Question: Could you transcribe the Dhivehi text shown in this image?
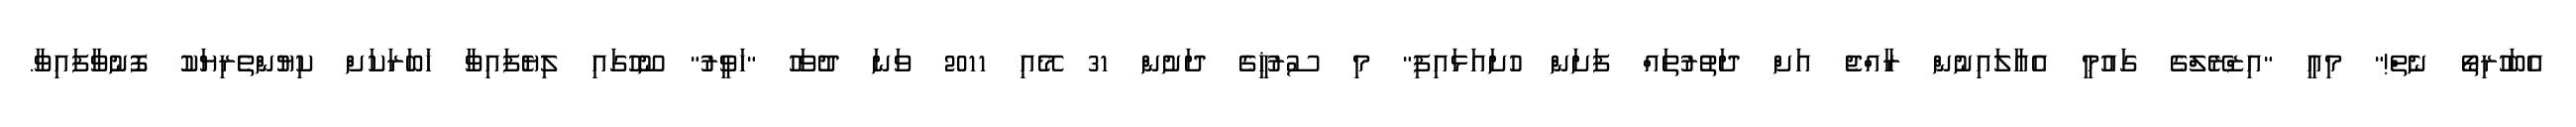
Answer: އެބަހުރިތޯ ނެތް!" މިއީ "އިޒްރޭލްގެ ގައުމީ އެއާލައިނުން ރާއްޖެ އަށް ދަތުރުތައް ފަށަން ހުށައަޅައިފި" މި ސުރުޚީގެ ދަށުން 31 މޭއި 2011 ވަނަ ދުވަހު "ހަވީރު" ނޫހުގައި ލިޔެފައިވާ ޚަބަރަކަށް ކިޔުންތެރިޔަކު ފޮނުވާފައިވާ.